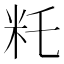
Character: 籷